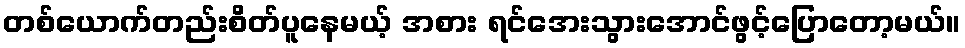
တစ်ယောက်တည်းစိတ်ပူနေမယ့် အစား ရင်အေးသွားအောင်ဖွင့်ပြောတော့မယ်။